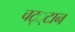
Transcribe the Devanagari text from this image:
चट््टान